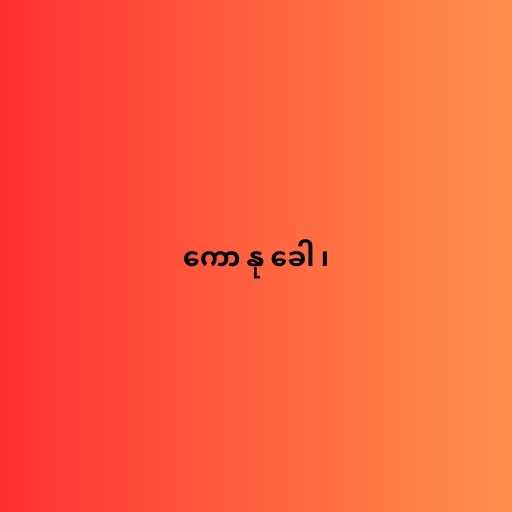
ကော နု ခေါ ၊